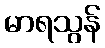
မာရသွန်